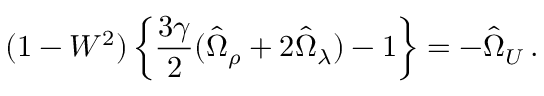
( 1 - W ^ { 2 } ) \left\{ \frac { 3 \gamma } { 2 } ( \hat { \Omega } _ { \rho } + 2 \hat { \Omega } _ { \lambda } ) - 1 \right\} = - \hat { \Omega } _ { \cal U } \, .